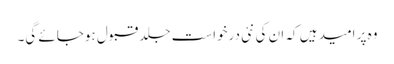
وہ پر امید ہیں کہ ان کی نئی درخواست جلد قبول ہوجائے گی۔